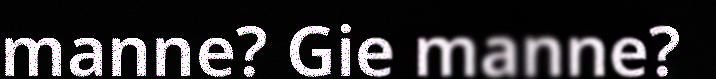
manne? Gie manne?